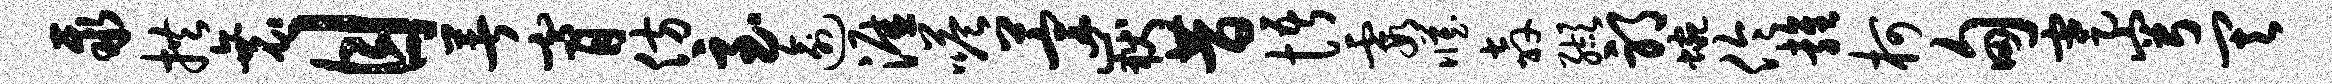
聚拱衰目著膏仿至逾涯嗒萱岳昔悟霞臧奔缬邪蜿伶雍柯甸蹇穹其